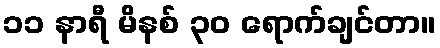
၁၁ နာရီ မိနစ် ၃၀ ရောက်ချင်တာ။